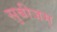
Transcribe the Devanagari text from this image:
सुबीजम्